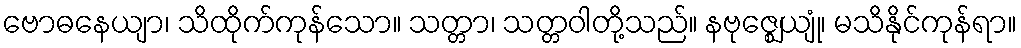
ဗောဓနေယျာ၊ သိထိုက်ကုန်သော။ သတ္တာ၊ သတ္တဝါတို့သည်။ နဗုဇ္ဈေယျုံ၊ မသိနိုင်ကုန်ရာ။